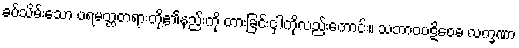
ခပ်သိမ်းသော ပရမတ္ထတရားတို့၏နည်းကို တားခြင်းငှါကိုလည်းကောင်း။ သဘာဝပဋိဝေဓ လက္ခဏာ